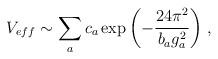
LaTeX: \begin{align*}V_{eff}\sim \sum_{a} c_{a}\exp{\left(-\frac{24\pi^{2}}{b_{a}g_{a}^{2}}\right)}\;,\end{align*}